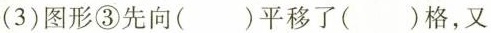
(3)图形③先向()平移了()格，又